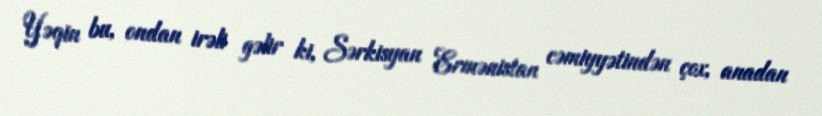
Yəqin bu, ondan irəli gəlir ki, Sərkisyan Ermənistan cəmiyyətindən çox, anadan